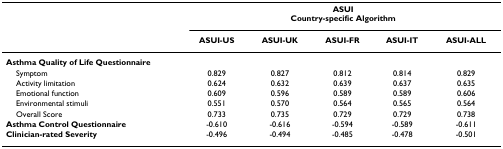
<table><thead><tr><td></td><td colspan="5"><b>ASUICountry-specific Algorithm</b></td></tr><tr><td></td><td><b>ASUI-US</b></td><td><b>ASUI-UK</b></td><td><b>ASUI-FR</b></td><td><b>ASUI-IT</b></td><td><b>ASUI-ALL</b></td></tr></thead><tbody><tr><td colspan="6"><b>Asthma Quality of Life Questionnaire</b></td></tr><tr><td> Symptom</td><td>0.829</td><td>0.827</td><td>0.812</td><td>0.814</td><td>0.829</td></tr><tr><td> Activity limitation</td><td>0.624</td><td>0.632</td><td>0.639</td><td>0.637</td><td>0.635</td></tr><tr><td> Emotional function</td><td>0.609</td><td>0.596</td><td>0.589</td><td>0.589</td><td>0.606</td></tr><tr><td> Environmental stimuli</td><td>0.551</td><td>0.570</td><td>0.564</td><td>0.565</td><td>0.564</td></tr><tr><td> Overall Score</td><td>0.733</td><td>0.735</td><td>0.729</td><td>0.729</td><td>0.738</td></tr><tr><td><b>Asthma Control Questionnaire</b></td><td>-0.610</td><td>-0.616</td><td>-0.594</td><td>-0.589</td><td>-0.611</td></tr><tr><td><b>Clinician-rated Severity</b></td><td>-0.496</td><td>-0.494</td><td>-0.485</td><td>-0.478</td><td>-0.501</td></tr></tbody></table>